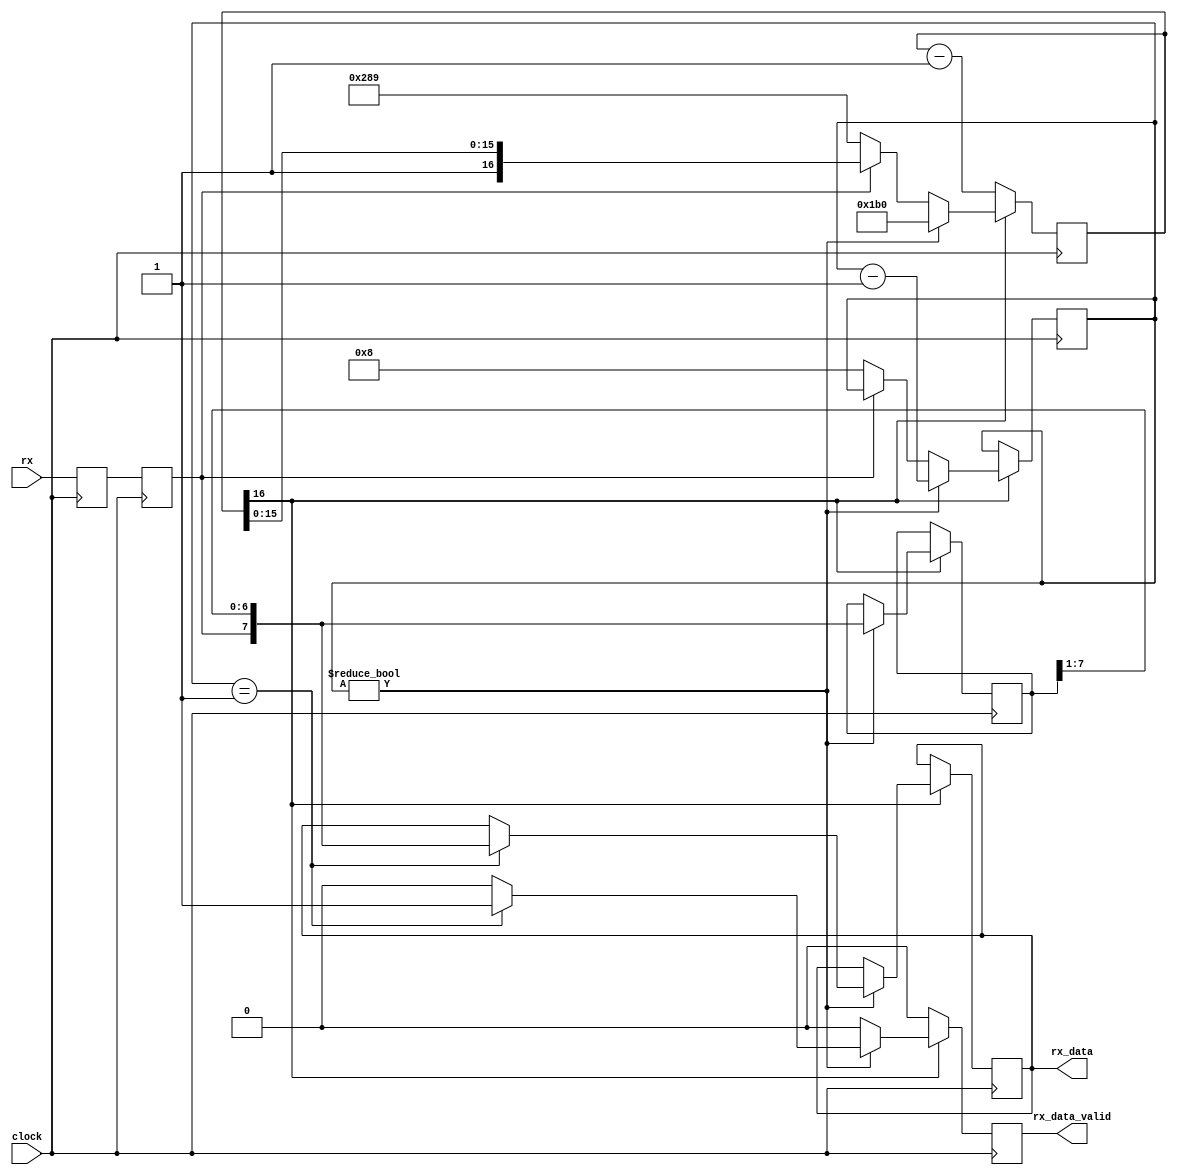
/*
This is free and unencumbered software released into the public domain.

Anyone is free to copy, modify, publish, use, compile, sell, or
distribute this software, either in source code form or as a compiled
binary, for any purpose, commercial or non-commercial, and by any
means.

In jurisdictions that recognize copyright laws, the author or authors
of this software dedicate any and all copyright interest in the
software to the public domain. We make this dedication for the benefit
of the public at large and to the detriment of our heirs and
successors. We intend this dedication to be an overt act of
relinquishment in perpetuity of all present and future rights to this
software under copyright law.

THE SOFTWARE IS PROVIDED "AS IS", WITHOUT WARRANTY OF ANY KIND,
EXPRESS OR IMPLIED, INCLUDING BUT NOT LIMITED TO THE WARRANTIES OF
MERCHANTABILITY, FITNESS FOR A PARTICULAR PURPOSE AND NONINFRINGEMENT.
IN NO EVENT SHALL THE AUTHORS BE LIABLE FOR ANY CLAIM, DAMAGES OR
OTHER LIABILITY, WHETHER IN AN ACTION OF CONTRACT, TORT OR OTHERWISE,
ARISING FROM, OUT OF OR IN CONNECTION WITH THE SOFTWARE OR THE USE OR
OTHER DEALINGS IN THE SOFTWARE.

For more information, please refer to <https://unlicense.org>
*/

`timescale 1ns/10ps

module rs232in
   (input  wire        clock,
    input  wire        rx,
    output reg         rx_data_valid = 0,
    output reg   [7:0] rx_data       = 0);

   parameter           bps        =     57_600;
   parameter           frequency  = 25_000_000;
   parameter           period     = (frequency + bps/2) / bps;

   reg  [16:0] ttyclk       = 0;
   wire [31:0] ttyclk_bit   = period - 2;
   wire [31:0] ttyclk_start = (3 * period) / 2 - 2;
   reg  [ 7:0] shift_in     = 0;
   reg  [ 4:0] count        = 0;

   reg         rxd          = 0;
   reg         rxd2         = 0;

   /*
    * The theory: look for a negedge, then wait 1.5 bit period to skip
    * start bit and center in first bit.  Keep shifting bits until a full
    * byte is collected.
    *
    *        Start                        Stop
    * data   ~\__ B0 B1 B2 B3 B4 B5 B6 B7 ~~
    * count        8  7  6  5  4  3  2  1
    */
   always @(posedge clock) begin
      rx_data_valid <= 0;

      // Get rid of meta stability.
      {rxd2,rxd} <= {rxd,rx};

      if (~ttyclk[16]) begin
         ttyclk <= ttyclk - 1'd1;
      end else if (count) begin
         if (count == 1) begin
            rx_data       <= {rxd2, shift_in[7:1]};
            rx_data_valid <= 1;
         end

         count       <= count - 1'd1;
         shift_in    <= {rxd2, shift_in[7:1]}; // Shift in from the left
         ttyclk      <= ttyclk_bit[16:0];
      end else if (~rxd2) begin
         // Just saw the negedge of the start bit
         ttyclk      <= ttyclk_start[16:0];
         count       <= 8;
      end
   end
endmodule